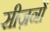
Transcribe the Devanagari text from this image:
सीज़नोंं